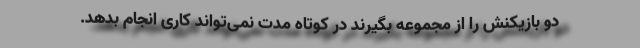
دو بازیکنش را از مجموعه بگیرند در کوتاه مدت نمی‌تواند کاری انجام بدهد.